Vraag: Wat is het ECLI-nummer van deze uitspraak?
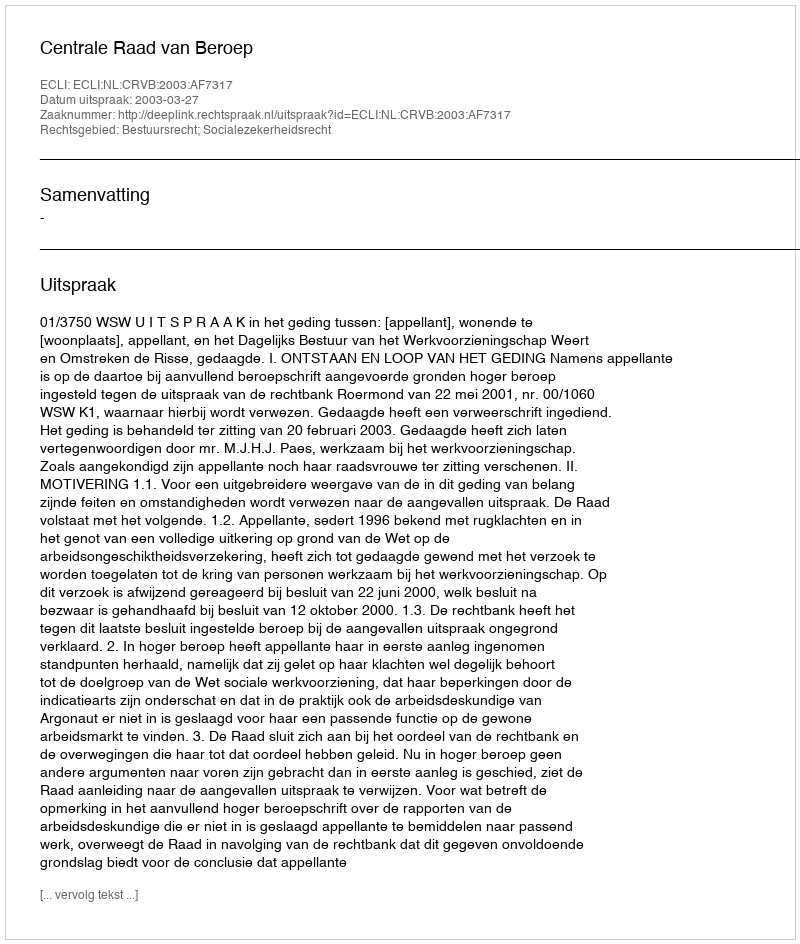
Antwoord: ECLI:NL:CRVB:2003:AF7317